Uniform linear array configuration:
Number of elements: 32
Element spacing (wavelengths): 0.5
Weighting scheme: blackman
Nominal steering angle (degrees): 60
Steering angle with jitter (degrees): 60.114
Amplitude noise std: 0.05
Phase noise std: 0.05

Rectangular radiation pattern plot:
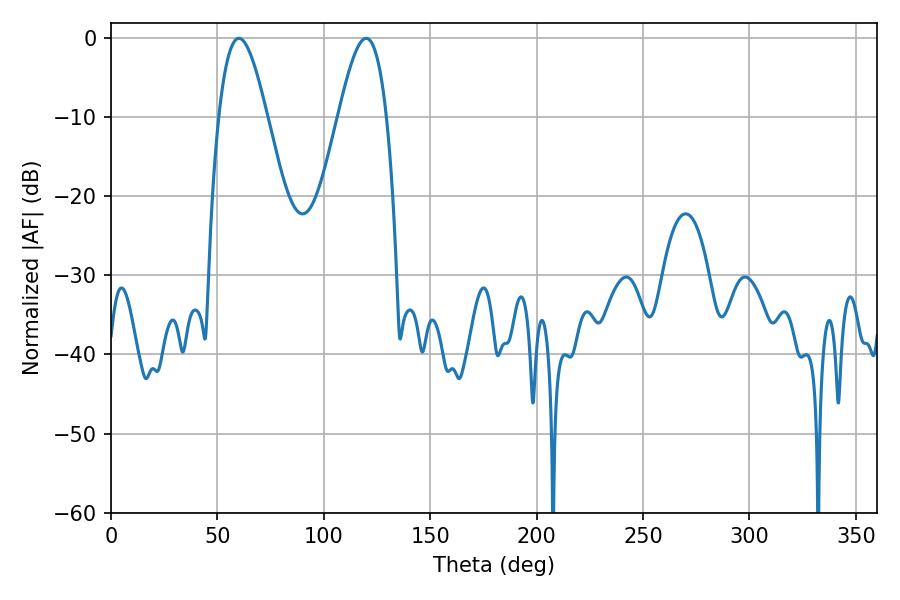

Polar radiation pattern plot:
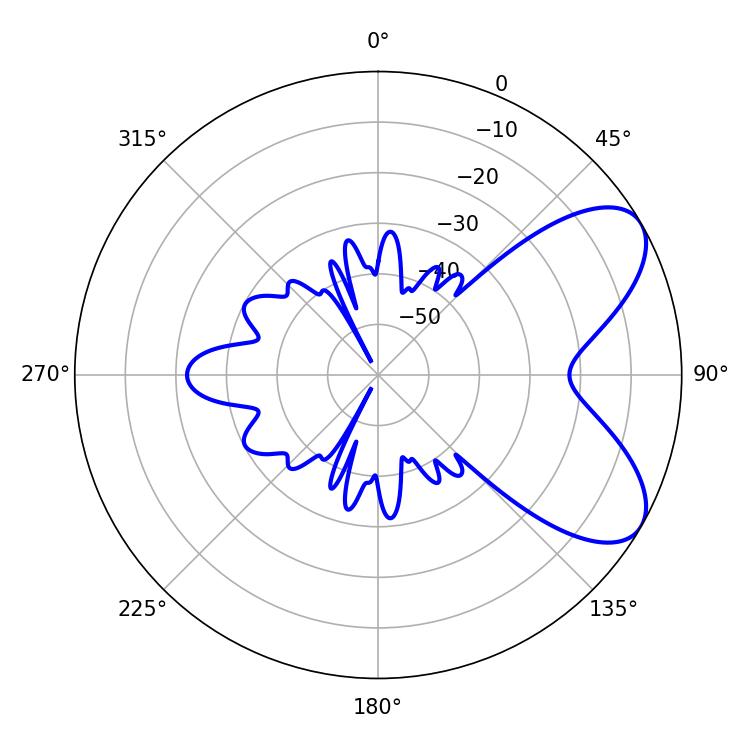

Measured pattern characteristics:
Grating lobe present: FALSE
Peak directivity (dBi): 6.905
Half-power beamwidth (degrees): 12.24
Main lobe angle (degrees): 60.12